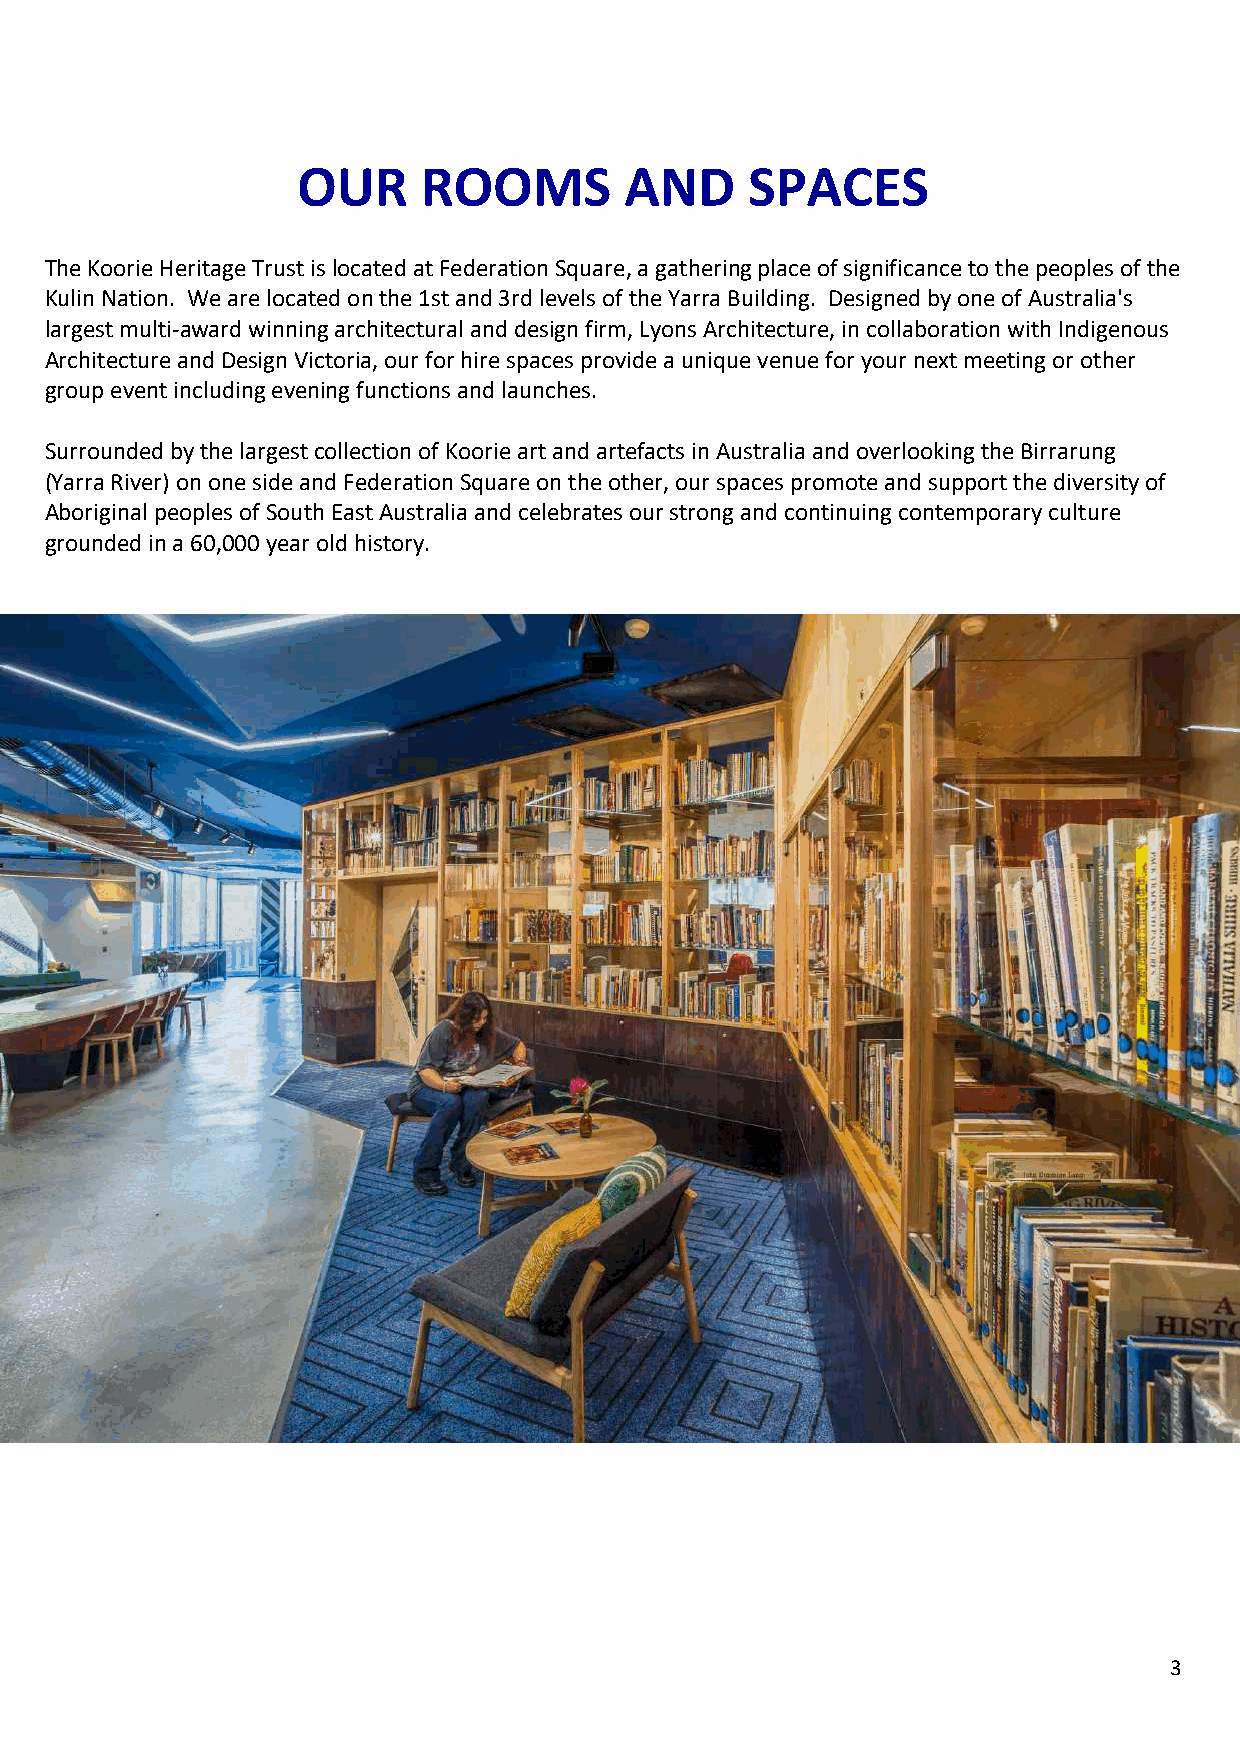
OUR     ROOMS        AND      SPACES
 The Koorie Heritage Trust is located at Federation Square, a gathering place of significance to the peoples of the
 Kulin Nation. We are located on the 1st and 3rd levels of the Yarra Building. Designed by one of Australia's
 largest multi-award winning architectural and design firm, Lyons Architecture, in collaboration with Indigenous
 Architecture and Design Victoria, our for hire spaces provide a unique venue for your next meeting or other
 group event including evening functions and launches.
 Surrounded by the largest collection of Koorie art and artefacts in Australia and overlooking the Birrarung
 (Yarra River) on one side and Federation Square on the other, our spaces promote and support the diversity of
 Aboriginal peoples of South East Australia and celebrates our strong and continuing contemporary culture
 grounded in a 60,000 year old history.
 3